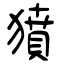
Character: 獖